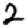
Digit: 2